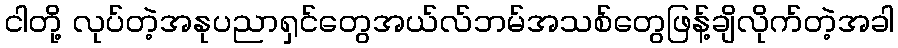
ငါတို့ လုပ်တဲ့အနုပညာရှင်တွေအယ်လ်ဘမ်အသစ်တွေဖြန့်ချိလိုက်တဲ့အခါ